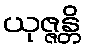
ယုဇ္ဇန္တိ